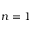
n = 1